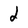
Character: d